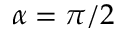
\alpha = \pi / 2